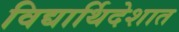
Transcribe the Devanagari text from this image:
विद्यार्थिदेशात